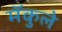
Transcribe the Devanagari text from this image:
मॅकुले